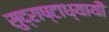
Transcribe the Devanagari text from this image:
सुद्राष्टाध्यायी